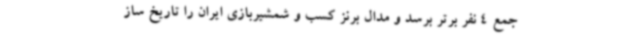
جمع 4 نفر برتر برسد و مدال برنز کسب و شمشیربازی ایران را تاریخ ساز